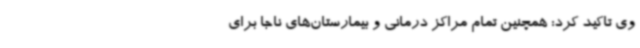
وی تاکید کرد: همچنین تمام مراکز درمانی و بیمارستان‌های ناجا برای